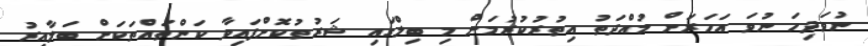
ނުވަދިހަ ނުވަ އަހަރަށް މުއްދަތު އިތުރުކުރުމަށް މި ބިލްގައި ޝަރުތުކޮށްފައިވާ ކަންތައްތަކަށް ބަލާއިރު